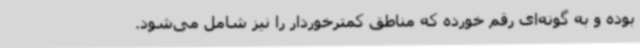
بوده و به گونه‌ای رقم خورده که مناطق کمترخوردار را نیز شامل می‌شود.